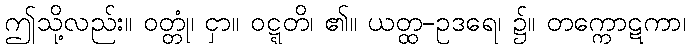
ဤသို့လည်း။ ဝတ္တုံ၊ ငှာ။ ဝဋ္ဋတိ၊ ၏။ ယတ္ထ-ဥဒရေ၊ ၌။ တက္ကောဋကာ၊